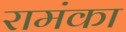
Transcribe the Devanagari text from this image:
रामंका